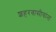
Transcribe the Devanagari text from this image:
शहरवासीयांना